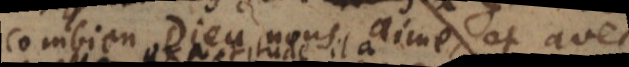
combien Dieu nous aime, et avec